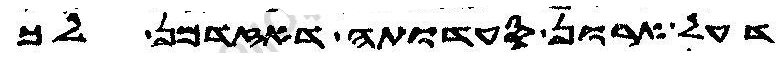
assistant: דעל ארון סעדותה דאזדמן לך